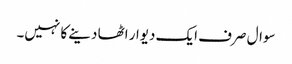
سوال صرف ایک دیوار اٹھا دینے کا نہیں۔